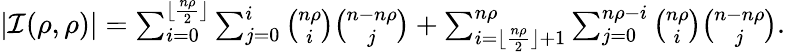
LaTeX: \begin{array}{r}{|\mathcal{I}(\rho,\rho)|=\sum_{i=0}^{\lfloor\frac{n\rho}{2}\rfloor}\sum_{j=0}^{i}{\binom{n\rho}{i}}{\binom{n-n\rho}{j}}+\sum_{i=\lfloor\frac{n\rho}{2}\rfloor+1}^{n\rho}\sum_{j=0}^{n\rho-i}{\binom{n\rho}{i}}{\binom{n-n\rho}{j}}.}\end{array}